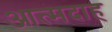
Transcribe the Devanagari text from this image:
आत्‍मदाह